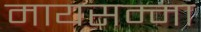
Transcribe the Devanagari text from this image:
मायसम्मा